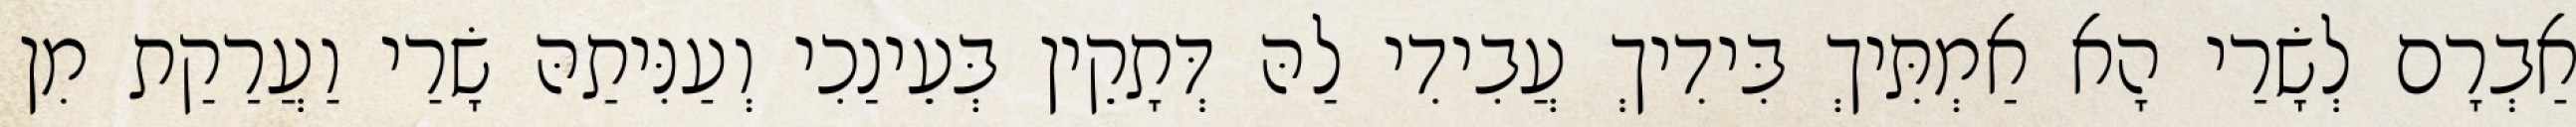
אַבְרָם לְשָׂרַי הָא אַמְתִּיךְ בִּידִיךְ עֲבִידִי לַהּ דְּתָקֵין בְּעֵינַכִי וְעַנִּיתַהּ שָׂרַי וַעֲרַקַת מִן